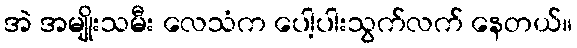
အဲ အမျိုးသမီး လေသံက ပေါ့ပါးသွက်လက် နေတယ်။